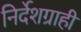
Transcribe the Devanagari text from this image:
निर्देशग्राही